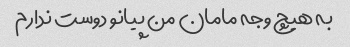
به هیچ وجه مامان من پیانو دوست ندارم